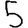
Digit: 5